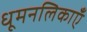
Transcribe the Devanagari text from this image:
धूमनलिकाएँ